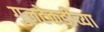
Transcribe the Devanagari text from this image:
गुलटेकडीच्या